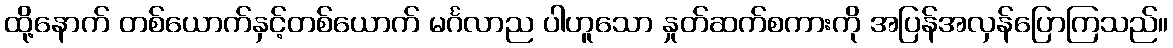
ထို့နောက် တစ်ယောက်နှင့်တစ်ယောက် မင်္ဂလာည ပါဟူသော နှုတ်ဆက်စကားကို အပြန်အလှန်ပြောကြသည်။